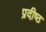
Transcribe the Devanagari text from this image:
प्रदीष्ठ